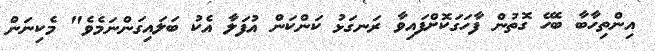
އިންތިހާބާ ބެހޭ ގޮތުން ފާހަގަކޮށްފައިވާ ރަނގަޅު ކަންކަން އުފަލާ އެކު ބަލައިގަންނަމެވެ" މެކިނަން